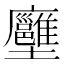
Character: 𡔏